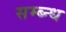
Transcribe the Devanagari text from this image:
सम्ब्न्ध